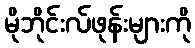
မိုဘိုင်းလ်ဖုန်းများကို